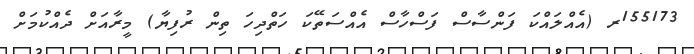
155173ރ (އެއްލައްކަ ފަންސާސް ފަސްހާސް އެއްސަތޭކަ ހަތްދިހަ ތިން ރުފިޔާ) މީރާއަށް ދެއްކުމަށް